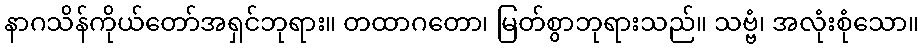
နာဂသိန်ကိုယ်တော်အရှင်ဘုရား။ တထာဂတော၊ မြတ်စွာဘုရားသည်။ သဗ္ဗံ၊ အလုံးစုံသော။